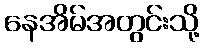
နေအိမ်အတွင်းသို့